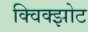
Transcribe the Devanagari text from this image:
क्विक्झोट